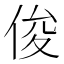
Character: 俊